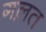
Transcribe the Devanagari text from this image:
गल़त